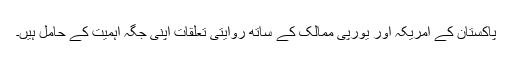
پاکستان کے امریکہ اور یورپی ممالک کے ساتھ روایتی تعلقات اپنی جگہ اہمیت کے حامل ہیں۔